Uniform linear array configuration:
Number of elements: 12
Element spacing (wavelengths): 0.75
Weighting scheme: kaiser
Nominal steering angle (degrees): -15
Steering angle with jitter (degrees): -14.329
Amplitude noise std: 0.05
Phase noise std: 0.05

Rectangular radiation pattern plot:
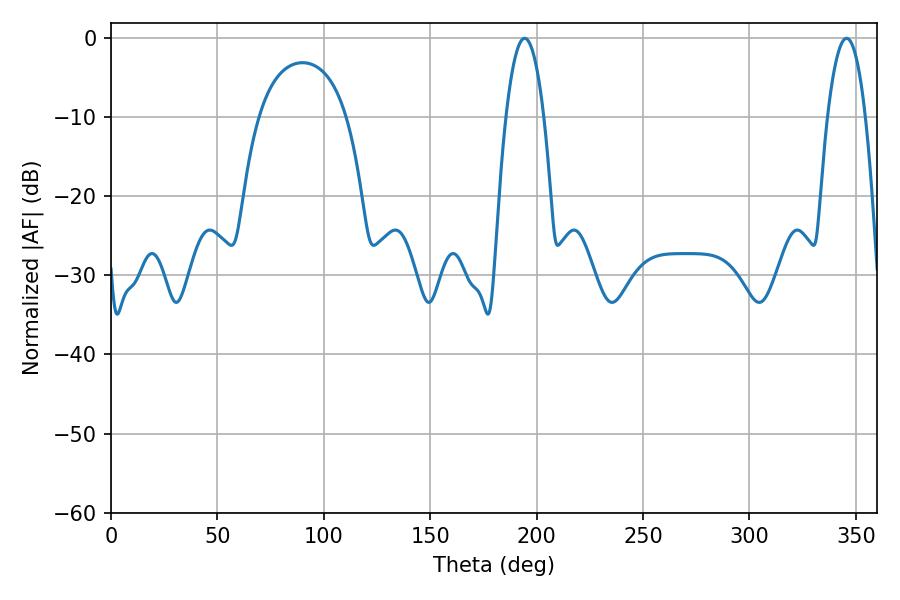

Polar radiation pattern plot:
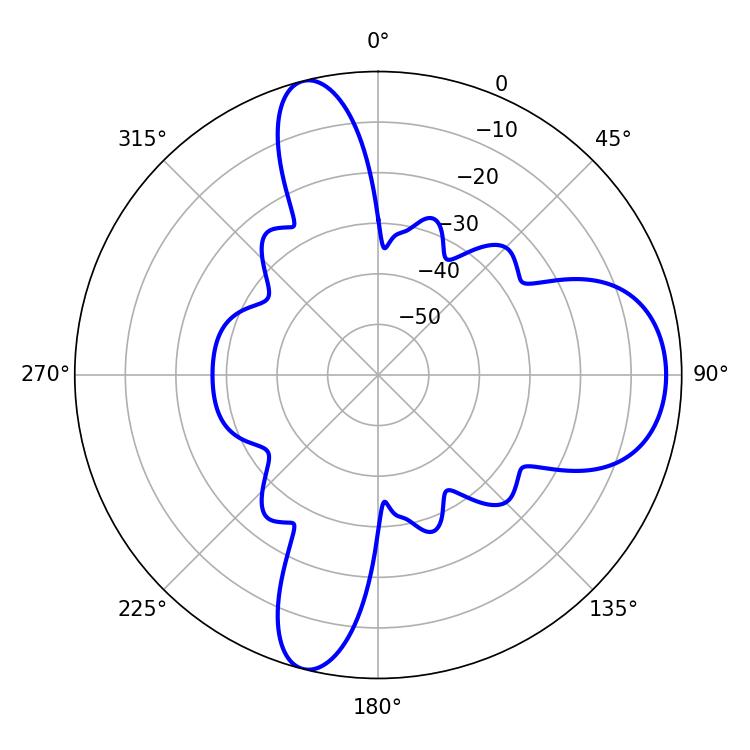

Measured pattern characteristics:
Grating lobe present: TRUE
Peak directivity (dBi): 11.036
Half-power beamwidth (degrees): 9.72
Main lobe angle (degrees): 194.4